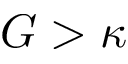
G > \kappa